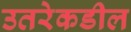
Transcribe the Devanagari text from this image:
उतरेकडील